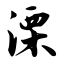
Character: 溧